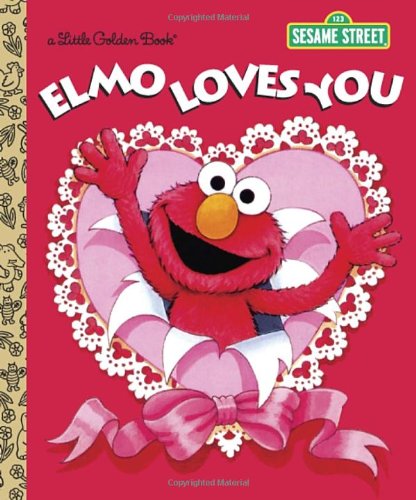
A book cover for Elmo Loves You (Sesame Street) (Little Golden Book); Sarah Albee; Children's Books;